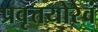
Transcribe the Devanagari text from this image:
प्रवृत्तयोरेवं